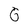
Character: 6